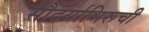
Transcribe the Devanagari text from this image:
सौंदर्याभिरूची